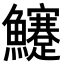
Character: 𩽜